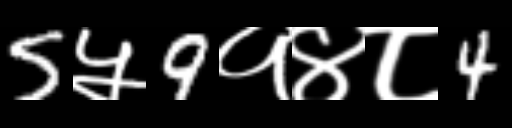
Text: 5५9१४८4